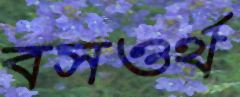
বসওর্থ